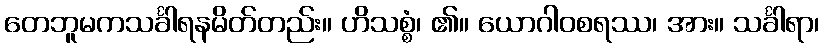
တေဘူမကသင်္ခါရနမိတ်တည်း။ ဟိသစ္စံ၊ ၏။ ယောဂါဝစရဿ၊ အား။ သင်္ခါရာ၊